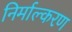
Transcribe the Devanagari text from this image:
निर्माल्करण